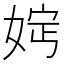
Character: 𡜷